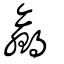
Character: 贏